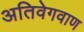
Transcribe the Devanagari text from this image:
अतिवेगवाण